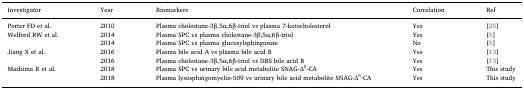
<table><thead><tr><td><b>Investigator</b></td><td><b>Year</b></td><td><b>Biomarkers</b></td><td><b>Correlation</b></td><td><b>Ref</b></td></tr></thead><tbody><tr><td>Porter FD et al.</td><td>2010</td><td>Plasma cholestane-3β,5α,6β-triol vs plasma 7-ketocholesterol</td><td>Yes</td><td>[25]</td></tr><tr><td>Welford RW et al.</td><td>2014</td><td>Plasma SPC vs plasma cholestane-3β,5α,6β-triol</td><td>Yes</td><td>[5]</td></tr><tr><td></td><td>2014</td><td>Plasma SPC vs plasma glucosylsphingosine</td><td>No</td><td>[5]</td></tr><tr><td>Jiang X et al.</td><td>2016</td><td>Plasma bile acid A vs plasma bile acid B</td><td>Yes</td><td>[13]</td></tr><tr><td></td><td>2016</td><td>Plasma cholestane-3β,5α,6β-triol vs DBS bile acid B</td><td>Yes</td><td>[13]</td></tr><tr><td>Mashima R et al.</td><td>2018</td><td>Plasma SPC vs urinary bile acid metabolite SNAG-Δ<sup>5</sup>-CA</td><td>Yes</td><td>This study</td></tr><tr><td></td><td>2018</td><td>Plasma lysosphingomyelin-509 vs urinary bile acid metabolite SNAG-Δ<sup>5</sup>-CA</td><td>Yes</td><td>This study</td></tr></tbody></table>